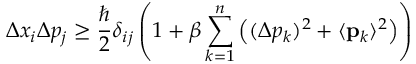
\Delta x _ { i } \Delta p _ { j } \ge \frac { \hbar } { 2 } \delta _ { i j } \left( 1 + \beta \sum _ { k = 1 } ^ { n } \left( ( \Delta p _ { k } ) ^ { 2 } + \langle { \bf { p } } _ { k } \rangle ^ { 2 } \right) \right)